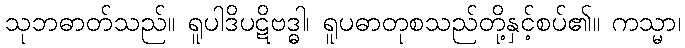
သုဘဓာတ်သည်။ ရူပါဒိပဋိဗဒ္ဓါ၊ ရူပဓာတုစသည်တို့နှင့်စပ်၏။ ကသ္မာ၊